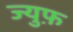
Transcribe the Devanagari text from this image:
ज्युफ़